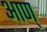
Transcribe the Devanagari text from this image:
आण्